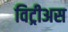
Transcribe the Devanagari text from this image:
विट्रीअस